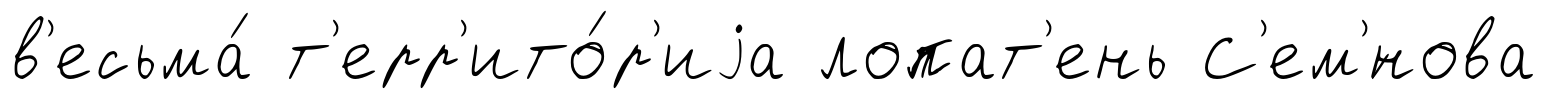
в'есьма́ т'ерр'ито́р'иjа лопат'ень С'ем'́нова